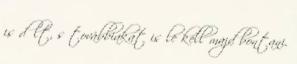
is dőlt, s továbbiakat is le kell majd bontani.